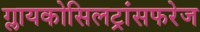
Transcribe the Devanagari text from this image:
ग्लायकोसिलट्रांसफरेज